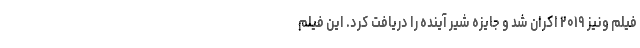
فیلم ونیز ۲۰۱۹ اکران شد و جایزه شیر آینده را دریافت کرد. این فیلم